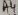
Text: A4